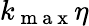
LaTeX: k_{\mathrm{~m~a~x~}}\eta